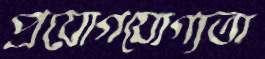
প্রয়োগযোগ্যতা